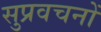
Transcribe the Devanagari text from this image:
सुप्रवचनों